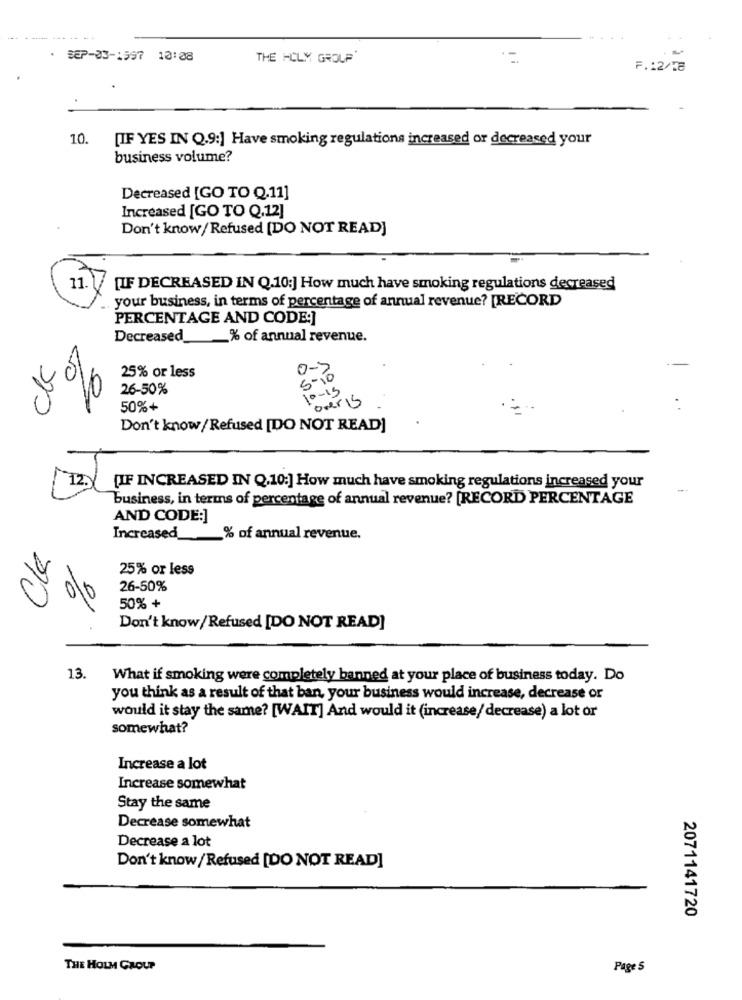
---- --- -- --
. SEP-03-1597 10:08
THE HOLY GROUP
F .: 2/18
10. [IF YES IN Q.9:] Have smoking regulations increased or decreased your
business volume?
Decreased [GO TO Q.11]
Increased [GO TO Q,12]
Don't know/ Refused [DO NOT READ]
11.
[IF DECREASED IN Q.10:] How much have smoking regulations decreased
your business, in terms of percentage of annual revenue? [RECORD
PERCENTAGE AND CODE:]
Decreased% of annual revenue.
25% or less
0-7
6 - 10
26-50%
0-15
50%+
overly
Don't know/Refused [DO NOT READ]
12.
[IF INCREASED IN Q,10:] How much have smoking regulations increased your
business, in terms of percentage of annual revenue? [RECORD PERCENTAGE
AND CODE:]
Increased_
_% of annual revenue.
Cle
25% or less
26-50%
010
50% +
Don't know/ Refused [DO NOT READ]
13.
What if smoking were completely banned at your place of business today. Do
you think as a result of that ban, your business would increase, decrease or
would it stay the same? [WAIT] And would it (increase/decrease) a lot or
somewhat?
Increase a lot
Increase somewhat
Stay the same
Decrease somewhat
Decrease a lot
Don't know / Refused [DO NOT READ]
2071141720
THE HOLM GROUP
Page S